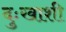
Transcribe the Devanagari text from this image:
दुःखाशी